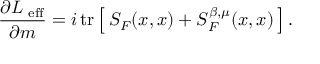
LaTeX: \frac { \partial { \cal L } _ { \mathrm { \scriptsize ~ e f f } } } { \partial m } = i \, \mathrm { t r } \left[ \, S _ { F } ( x , x ) + S _ { F } ^ { \beta , \mu } ( x , x ) \, \right] .